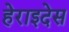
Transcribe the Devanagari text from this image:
हेराइदेस